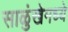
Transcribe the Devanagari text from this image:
साळुंखेमध्ये